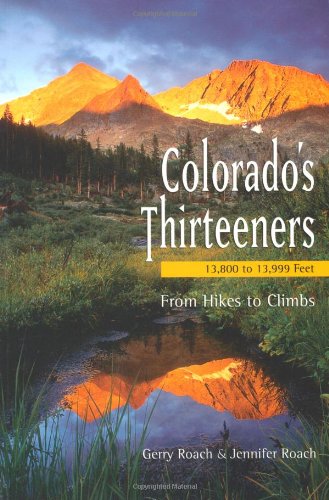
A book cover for Colorado's Thirteeners 13800 to 13999 FT: From Hikes to Climbs; Gerry Roach; Sports & Outdoors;